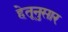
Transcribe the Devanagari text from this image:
हेतूनुसार